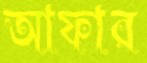
আফার